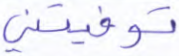
توفيتني